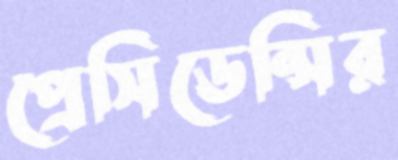
প্রেসিডেন্সির